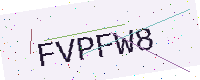
Text: FVPFW8